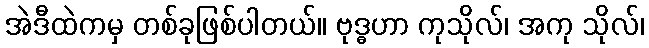
အဲဒီထဲကမှ တစ်ခုဖြစ်ပါတယ်။ ဗုဒ္ဓဟာ ကုသိုလ်၊ အကု သိုလ်၊